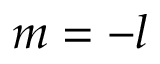
m = - l